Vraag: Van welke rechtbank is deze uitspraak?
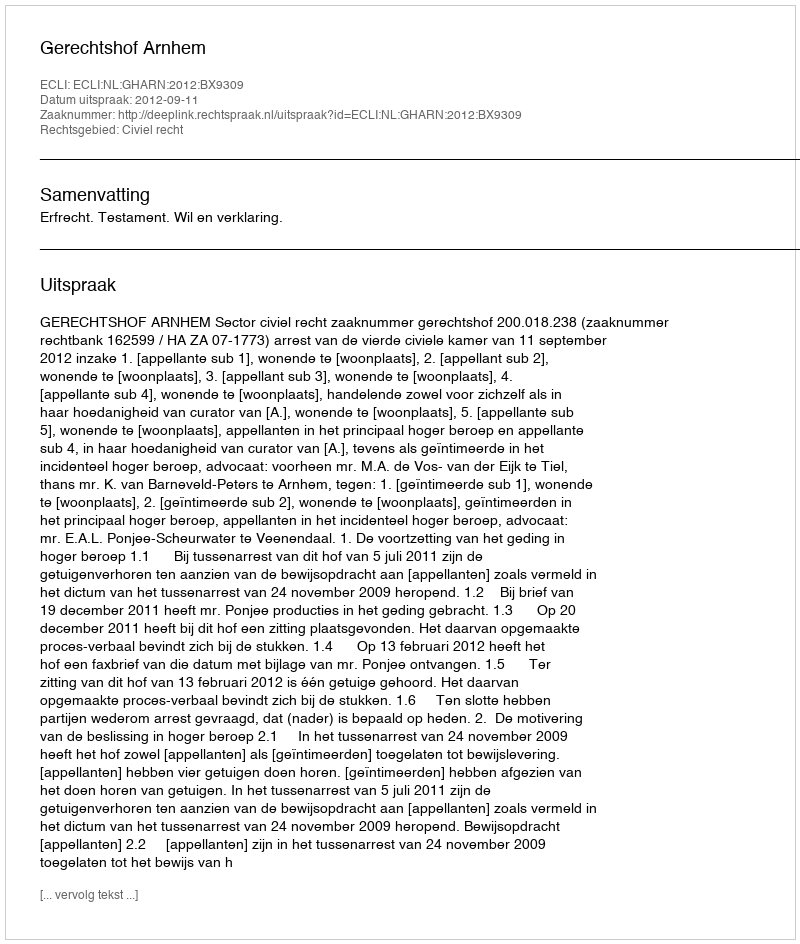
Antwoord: Gerechtshof Arnhem